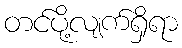
တင်ပို့လျက်ရှိရာ